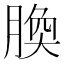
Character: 𦝝